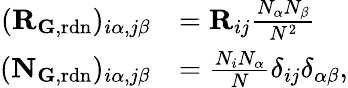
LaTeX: \begin{array}{rl}{(\mathbf{R}_{{\mathbf G},\mathrm{rdn}})_{i\alpha,j\beta}}&{=\mathbf{R}_{ij}\frac{N_{\alpha}N_{\beta}}{N^{2}}}\\ {(\mathbf{N}_{\mathbf{G},\mathrm{rdn}})_{i\alpha,j\beta}}&{=\frac{N_{i}N_{\alpha}}{N}\delta_{ij}\delta_{\alpha\beta},}\end{array}